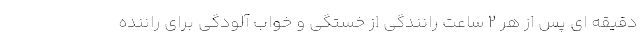
دقیقه ای ‌پس از هر ۲ ساعت رانندگی از خستگی و خواب آلودگی برای راننده